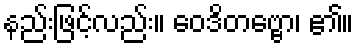
နည်းဖြင့်လည်း။ ဝေဒိတဗ္ဗော၊ ၏။